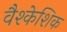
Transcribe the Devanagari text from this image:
वैश्केशिक